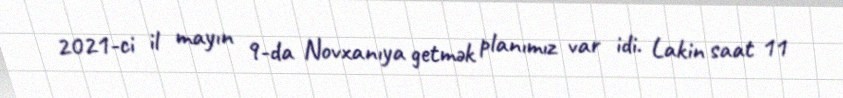
2021-ci il mayın 9-da Novxanıya getmək planımız var idi. Lakin saat 11